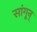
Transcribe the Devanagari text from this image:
सांगून्